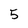
Character: 5